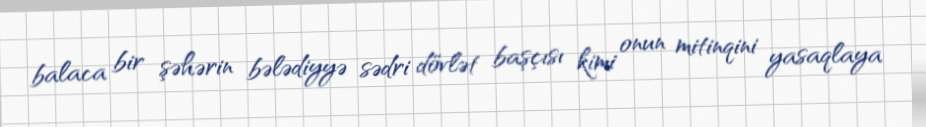
balaca bir şəhərin bələdiyyə sədri dövlət başçısı kimi onun mitinqini yasaqlaya